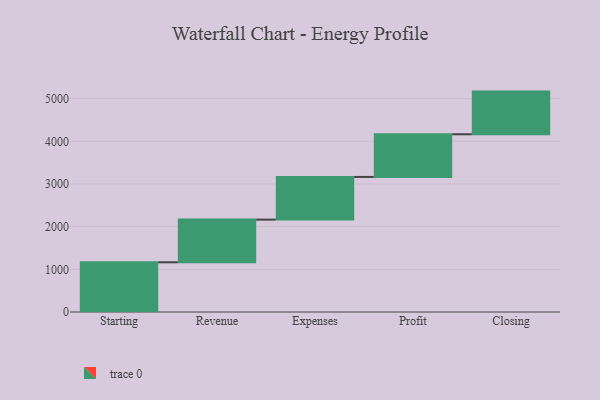
{"axis": {"x": "Step", "y": "Value"}, "legend": [""], "data": [{"x": "Starting", "y": 1165.0, "type": ""}, {"x": "Revenue", "y": 1000, "type": ""}, {"x": "Expenses", "y": 1000, "type": ""}, {"x": "Profit", "y": 1000, "type": ""}, {"x": "Closing", "y": 1000, "type": ""}]}